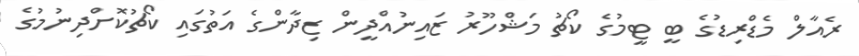
ރެއާލް މެޑްރިޑުގެ ބީ ޓީމުގެ ކޯޗު މަޝްހޫރު ޒައިނުއްދީން ޒިދާންގެ އަތުގައި ކޯޗުކޮށްދިނުމުގެ